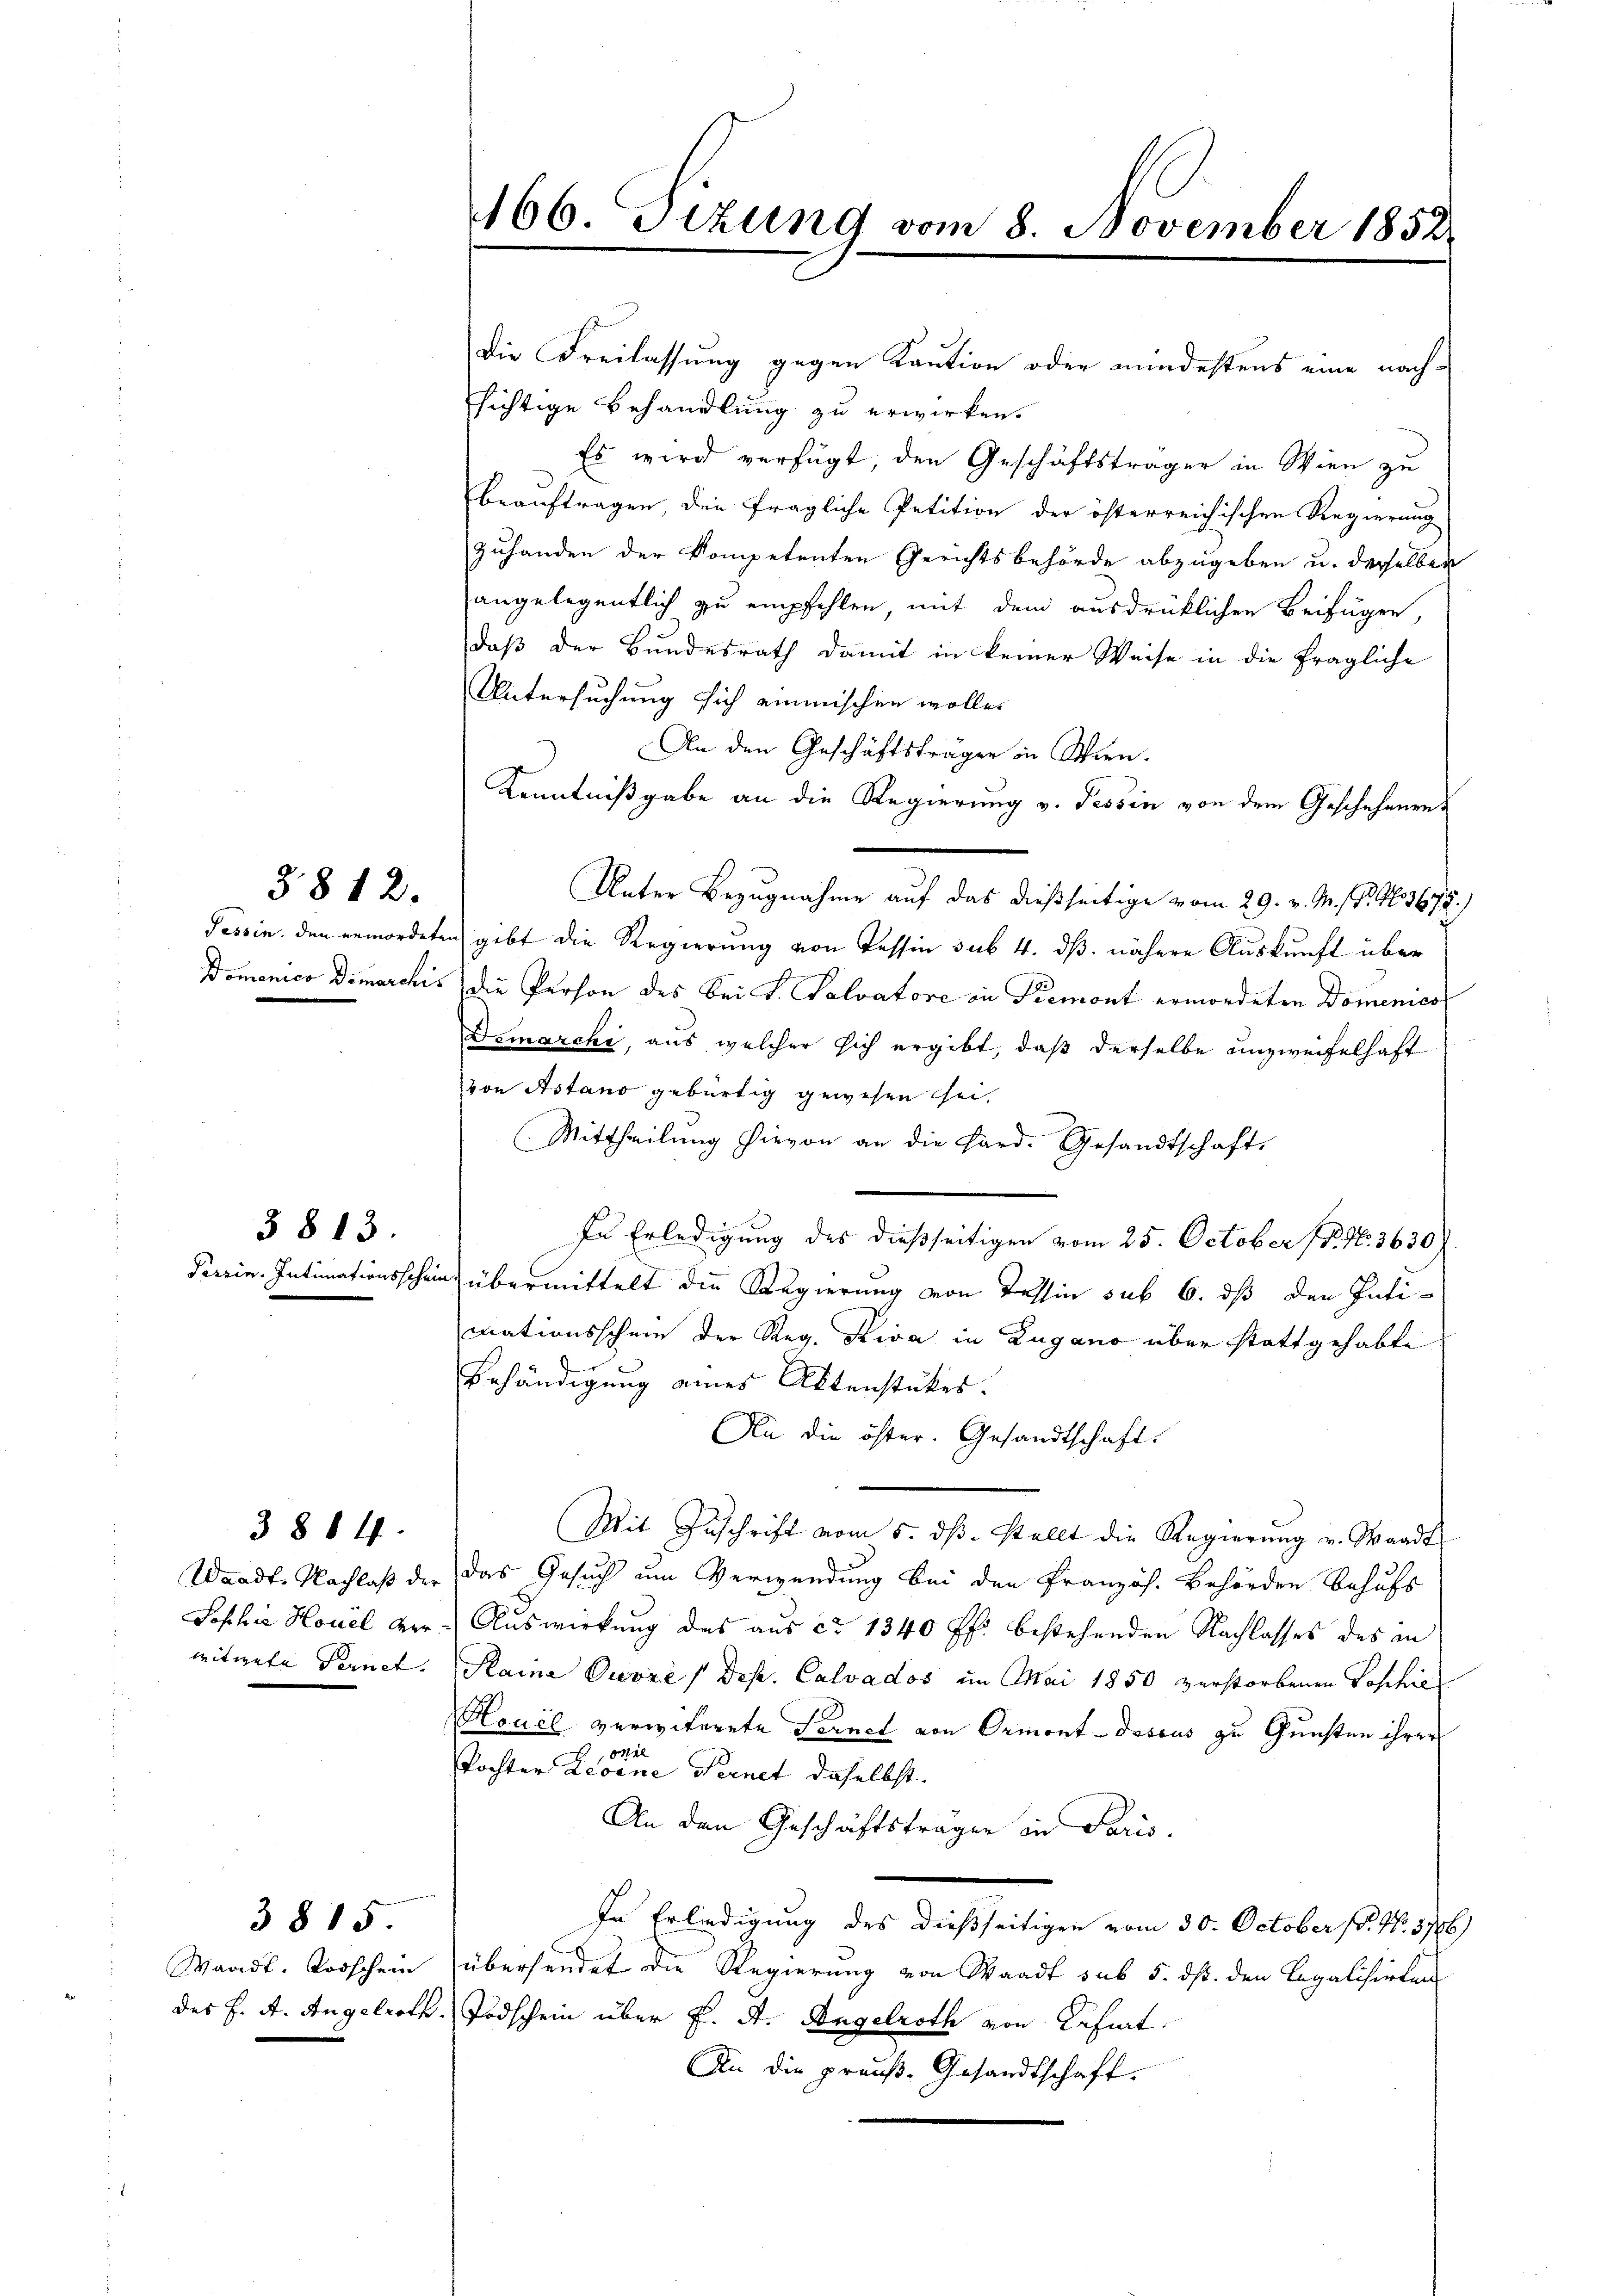
§812.

3813.

3814.

3815

Waadt, Todschen

Die Freilassung gegen Kaution oder mindestens eine nach-
sichtige Behandlung zu erwirken.
Es wird verfügt, den Geschäftsträger in Wien zu
beauftragen, den fragliche Petition der österreichischen Regierung
zuhanden der kompetenten Gerichtsbehörde abzugeben u. derselben
angelegentlich zu empfehlen, mit dem ausdrücklichen Beifügen,
daß der Bundesrath damit in keiner Weise in die fragliche
Untersuchung sich einmischen wollen
An den Geschäftsträger in Wien.
Kenntnißgabe an die Regierung v. Tessin von dem Geschehenen
Unter Bezugnahme auf das dießseitige vom 29. v. M. P. G. 3678.
Tessin, den ermordeten gibt die Regierung von Tessin sub 4. dß. nähere Auskunft über
Domenico Demarchis die Person des bei S. Salvatore in Piemont ermordeten Domenico
Demarchi, aus welcher sich ergibt, daß derselbe unzweifelhaft
von Astano gebürtig gewesen sei,
Mittheilung hievon an die Hard. Gesandtschaft,
In Erledigung des dießseitigen vom 25. October (P. Nr. 3630)
Feerin. Intimationsschein übermittelt die Regierung von Tessin sub. 6. ds den Intimationsschein der Reg. Riva in Zugano über stattgehabte
Behändigung eines Aktenstückes.
An die öster. Gesandtschaft.
Mit Zuschrift vom 5. dβ. stellt die Regierŭng v. Waadt
Waadt, Nachlaß der das Gesuch um Verwendung bei den Französ. Behörden behufs
Sophie Hotel ver- Auswirkung des aus ca 1340 ff. bestehenden Nachlasses des in
witwete Fernet. Raine Ouvre / des. Calvados im Mai 1850 verstorbenen Voschie
Houel verwiterete Fernel von Ormont-dessus zu Gunsten ihrer
242
Tochter Leoine Vernet daselbst.
An den Geschäftstragen in Paris.
In Erledigung des dießseitigen vom 30. October 1. No. 3746)
übersendet die Regierung von Waadt sub 5. dß. den Legalisierten
des J. A. Angelroth, Todschein über K. A. Angelroth von Käfiat.
An die praŭβ-Gesandtschaft.

166. Sizung vom 8. November 1852